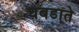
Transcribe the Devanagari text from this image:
घबडाते